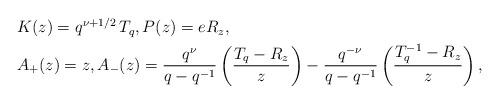
LaTeX: \begin{align*}\begin{aligned} &K(z)=q^{\nu+1/2}\,T_{q},P(z)=e R_{z}, \\ &A_{+}(z)=z, A_{-}(z)=\frac{q^{\nu}}{q-q^{-1}}\left(\frac{T_{q}-R_{z}}{z}\right)-\frac{q^{-\nu}}{q-q^{-1}}\left(\frac{T_{q}^{-1}-R_{z}}{z}\right), \end{aligned}\end{align*}